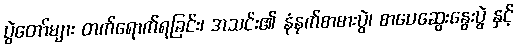
ပွဲတော်များ တက်ရောက်ရခြင်း၊ အသင်း၏ နံနက်စာစားပွဲ၊ စာပေဆွေးနွေးပွဲ နှင့်